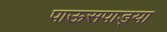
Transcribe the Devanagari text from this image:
पाऊसपाड्या